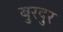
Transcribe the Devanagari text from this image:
बुरदुर